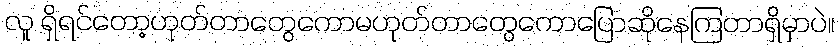
လူ ရှိရင်တော့ဟုတ်တာတွေကောမဟုတ်တာတွေကောပြောဆိုနေကြတာရှိမှာပဲ။